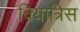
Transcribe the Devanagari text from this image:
वियात्रिस